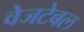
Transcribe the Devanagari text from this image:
वेजटेबल